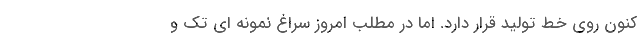
کنون روی خط تولید قرار دارد. اما در مطلب امروز سراغ نمونه ای تک و